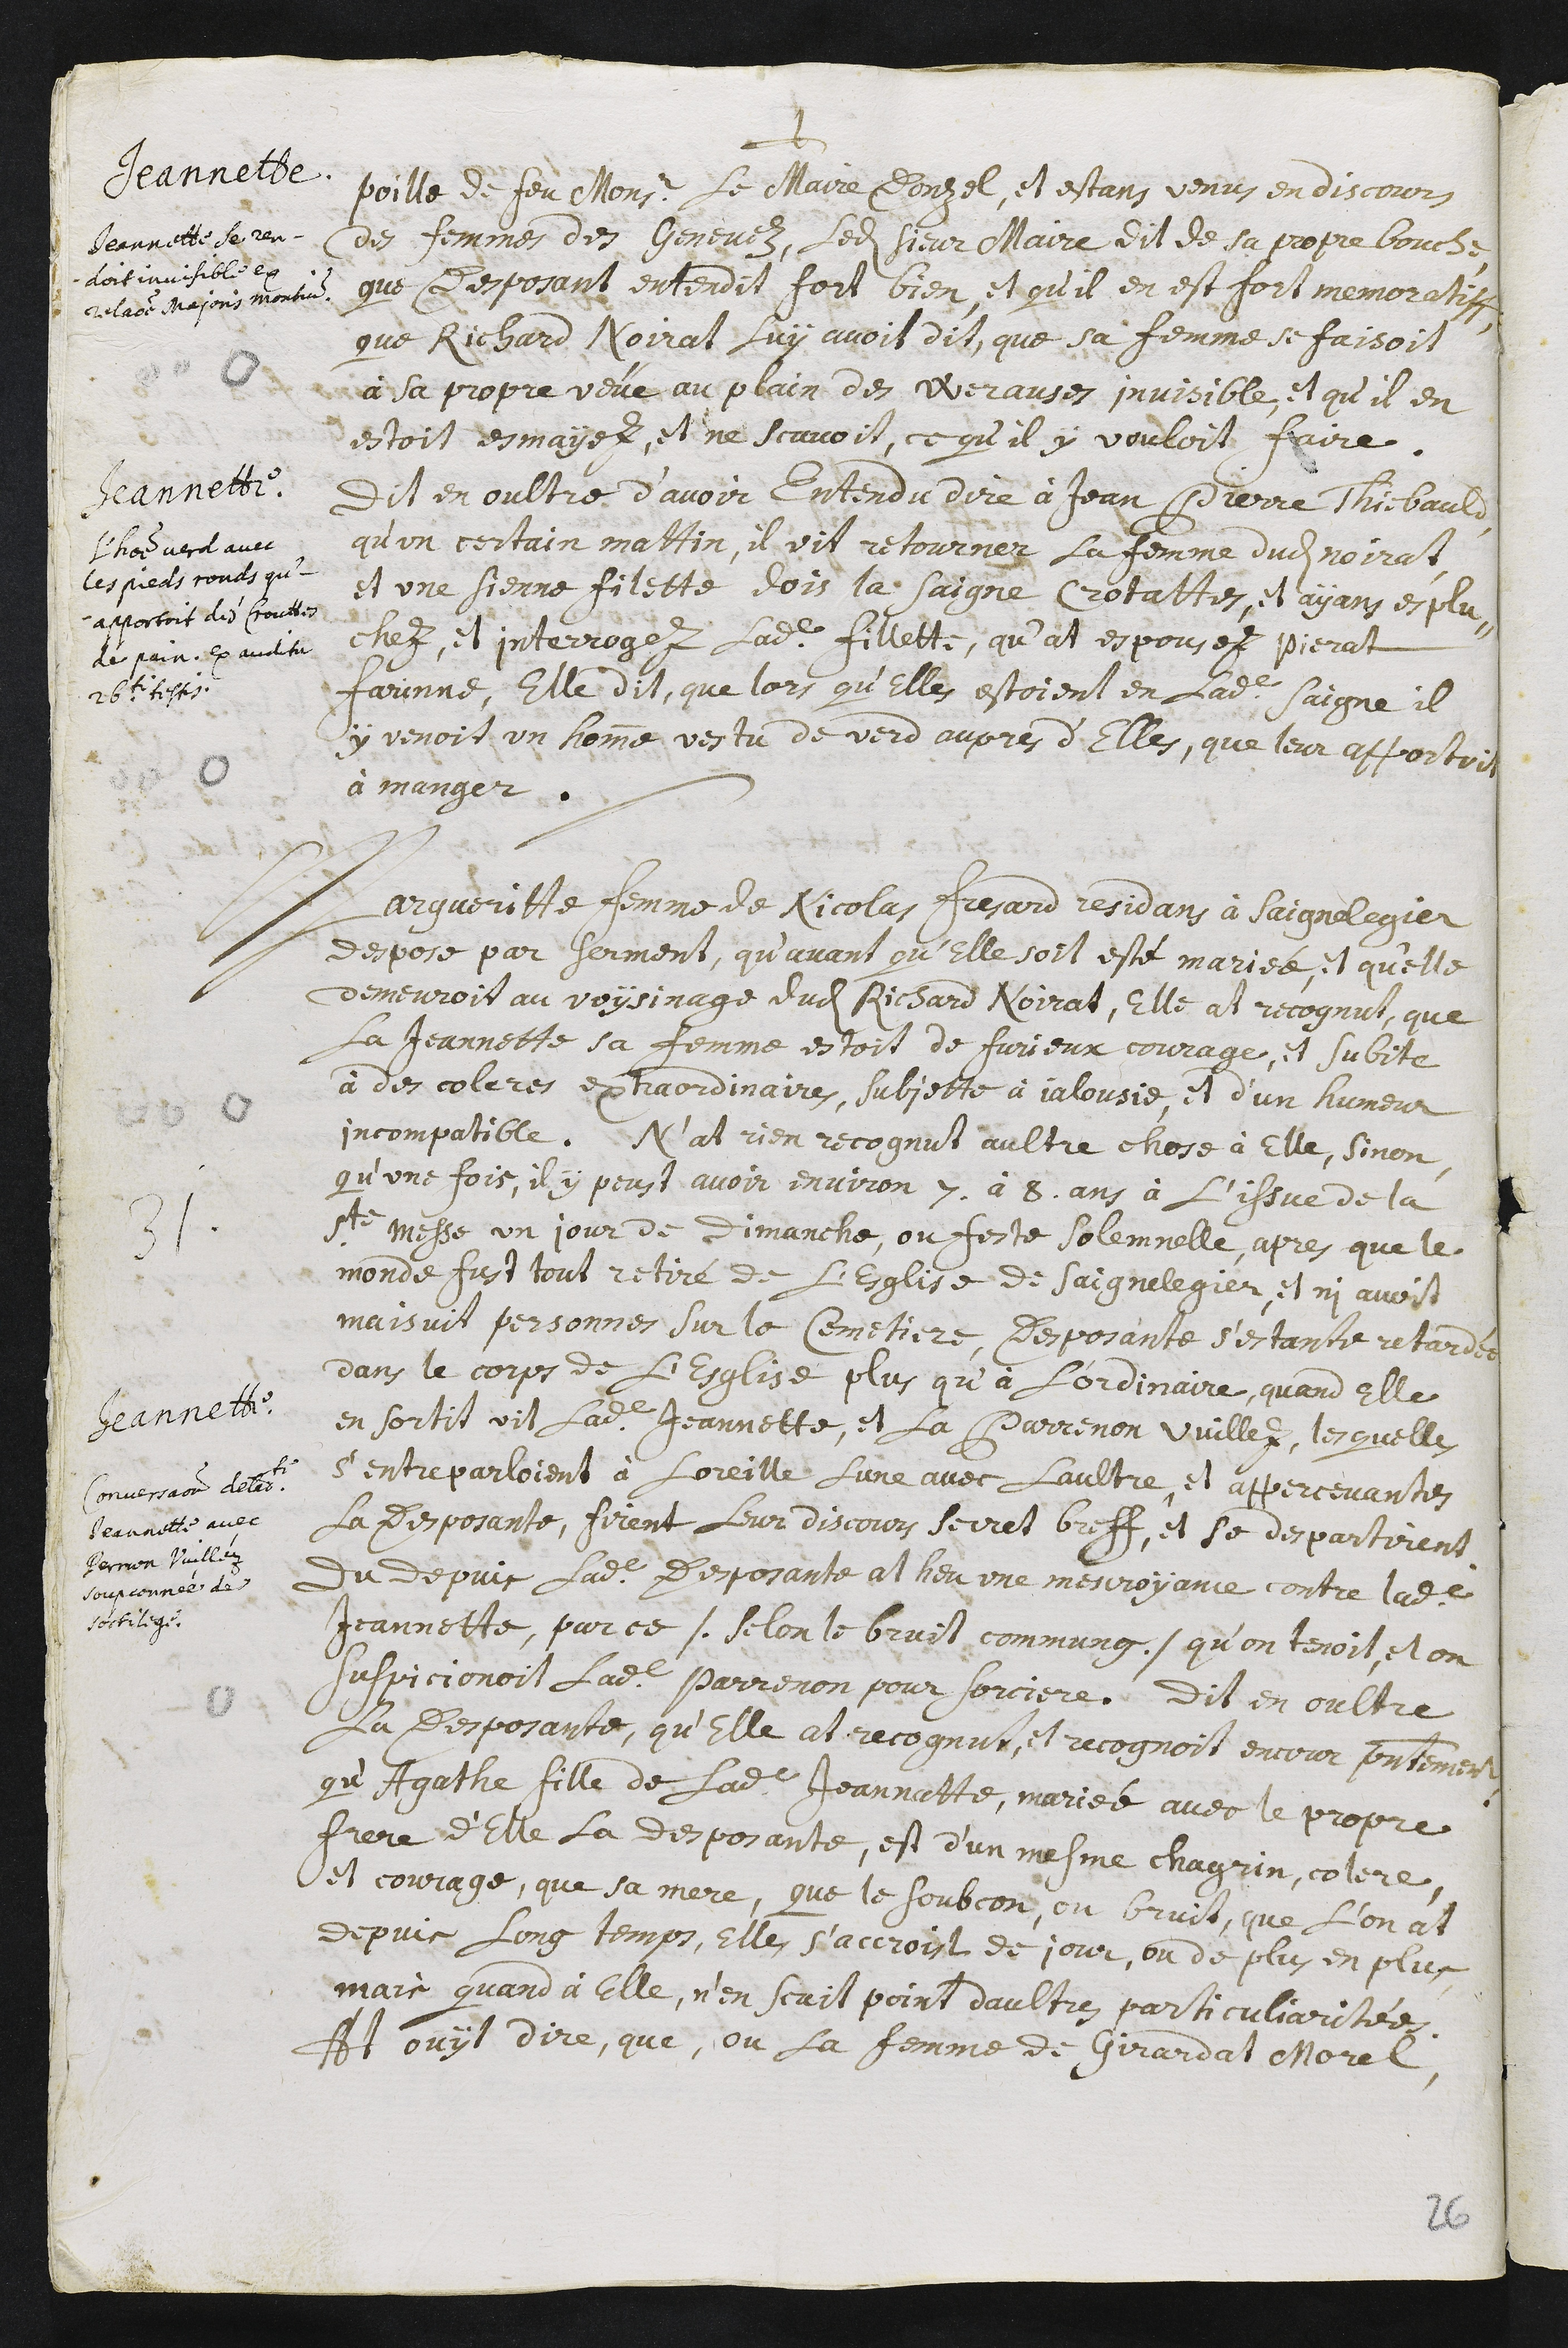
+
Jeannette.
poille de feu Monsieur le Maire Donzel, et estans en discours
des femmes des Genevez, ledit sieur Maire dit de sa propre bouche,
que desposant entendit fort bien, et qu’il en est fort memoratiff,
Jeannette se ren-
doit invisible ex
relatiione Majoris moutium
que Richard Noirat luy avoit dit, que sa femme se faisoit
à sa propre veue au plain des Werauses invisible, et qu’il en
estoit esmayez, et ne scavoit, ce qu’il y vouloit faire.
Jeannette.
L’homme verd avec
les pieds ronds, qu’
apportoit des crouttes
de pain. Ex auditu
26ti testis.
Dit en oultre d’avoir entendu dire à Jean Pierre Thiebauld,
qu’un certain mattin, il vit retourner la femme dudit Noirat,
et une sienne filette dois la Saigne Crotattes, et ayans esplu-
chez, et interrogez ladite fillette, qu’at espousez Pierat
Farinne, elle dit, que lors qu’elles estoient en ladite Saigne il
y venoit un homme vestu de verd aupres d’elles, que leur apportoit
à manger.
Jeannette.
Conversation de ladite
Jeannette avec
Pernon Vuilléz
soupconnée de
sortilege.
31. Margueritte femme de Nicolas Fresard residans à Saignelegier
despose par serment, qu’avant qu’elle soit esté mariée, et qu’elle
demeuroit au voysinage dudit Richard Noirat, elle at recognut, que
la Jeannette sa femme estoit de furieux courage, et subite
à des coleres extraordinaires, subjette à jalousie, et d’un humeur
incompatible. N’at rien recognut aultre chose à elle, sinon,
qu’une fois, il y peust avoir environ 7. à 8. ans à l’issue de la
Ste messe un jour de dimanche, ou feste solemnelle, apres que le
monde fust tout retiré de l’esglise de Saignelegier, et n’y avoit
maisuit personnes sur le cemetiere, desposante s’estante retardée
dans le corps de l’esglise plus qu’à l’ordinaire. Quand elle
en sortit vit ladite Jeannette, et la Parrenon Vuillez, lesquelles
s’entreparloient à l’oreille d’une avec l’aultre, et appercevantes
la desposante, firent leur discours secret breff, et se despartirent.
du depuis ladite desposante at heu une mescroyance contre ladite
Jeannette, par ce /. selon le bruit commung./ qu’on tenoit, et on
suspicionoit ladite Parrenon pour sorciere. Dit en oultre
la desposante, qu’elle at recognut, et recognoit encour presentement,
qu’Agathe fille de ladite Jeannatte, mariée avec le propre
frere d’elle la desposante, est d’un mesme chagrin, colere,
et courage, que sa mere, que le soubcon, ou bruit, que l’on at
depuis long temps, elles s’accroist de jour, ou de plus, en plus,
mais quand à elle, n’en scait point d’aultre particuliaritées.
At ouyt dire, que, ou la femme de Girardat Morel,